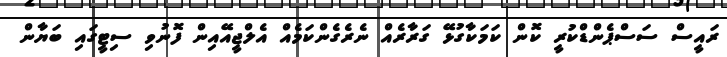
ރައީސް ސަސްޕެންޑްކުރީ ކޮން ކަމަކާގުޅޭ ގަރާރެއް ނެރެގެންކަމެއް އެލްޖީއޭއިން ފޮނުވި ސިޓީގައި ބަޔާން